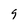
Character: 9